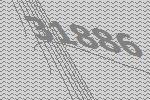
31886